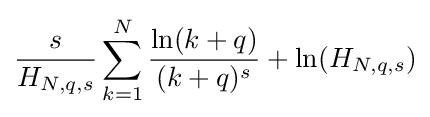
{\frac {s}{H_{N,q,s}}}\sum _{k=1}^{N}{\frac {\ln(k+q)}{(k+q)^{s}}}+\ln(H_{N,q,s})